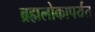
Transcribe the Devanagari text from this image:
ब्रह्मलोकापर्यंत